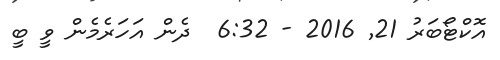
އޮކްޓޯބަރު 21